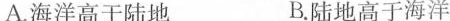
A.海洋高于陆地 B.陆地高于海洋